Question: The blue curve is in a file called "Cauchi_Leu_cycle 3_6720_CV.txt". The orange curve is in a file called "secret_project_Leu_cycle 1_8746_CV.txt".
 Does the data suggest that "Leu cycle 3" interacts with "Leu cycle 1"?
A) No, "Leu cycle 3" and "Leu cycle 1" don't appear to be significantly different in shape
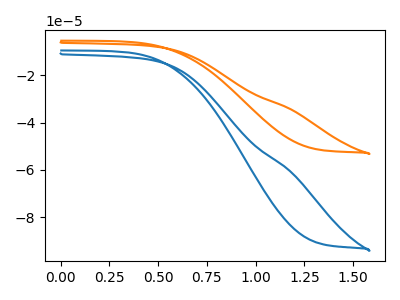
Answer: <think>The blue curve "Leu cycle 3" has no peaks. The orange curve "Leu cycle 1" has no peaks.
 Neither "Leu cycle 3" or "Leu cycle 1" have any peaks.</think>
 <answer>A) No, "Leu cycle 3" and "Leu cycle 1" don't appear to be significantly different in shape</answer>
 <eval>A</eval>